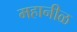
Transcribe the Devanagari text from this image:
महानीळ